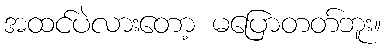
အထင်ပဲလားတော့ မပြောတတ်ဘူး။